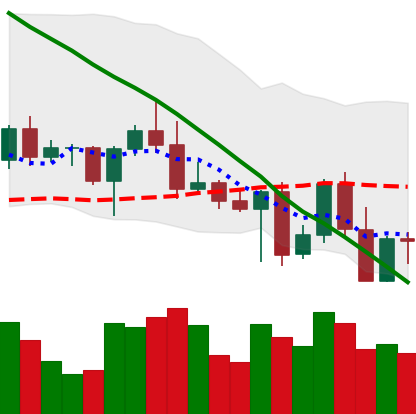
Ticker: BNB-USD
Chart end date: 2022-05-02
Forward return: -6.156%
Label: down_5_7